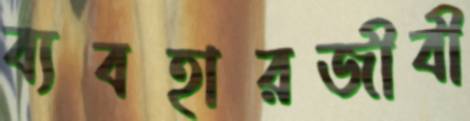
ব্যবহারজীবী